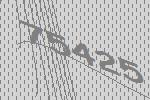
75425